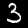
Digit: 3